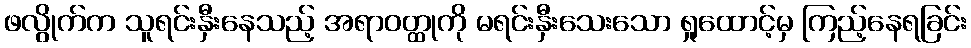
ဖလွိုက်က သူရင်းနှီးနေသည့် အရာဝတ္ထုကို မရင်းနှီးသေးသော ရှုထောင့်မှ ကြည့်နေရခြင်း